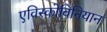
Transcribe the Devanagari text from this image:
एविस्कोविनियान